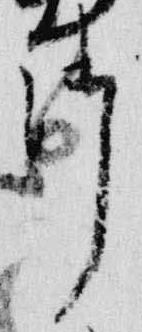
御